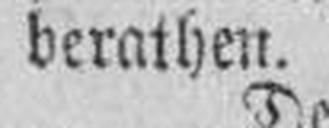
berathen.